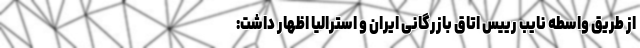
از طریق واسطه نایب رییس اتاق بازرگانی ایران و استرالیا اظهار داشت: